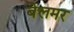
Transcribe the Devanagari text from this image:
बेलमर